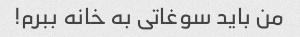
من باید سوغاتی به خانه ببرم!